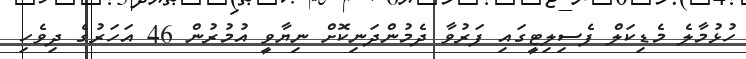
ހުޅުމާލެ މެޑިކަލް ފެސިލިޓީގައި ފަރުވާ ދެމުންދަނިކޮށް ނިޔާވީ އުމުރުން 46 އަހަރުގެ ދިވެހި